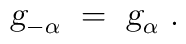
\mbox{\sl g}_{-\alpha}~=~\mbox{\sl g}_\alpha~.